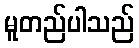
မူတည်ပါသည်